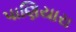
પાણિયારા